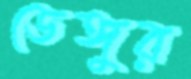
ডেঙ্গুর